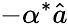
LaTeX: -\alpha^{*}\hat{a}